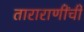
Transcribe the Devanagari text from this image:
ताराराणींची